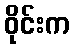
ဝိုင်းက